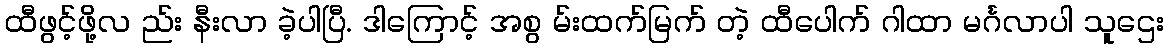
ထီဖွင့်ဖို့လ ည်း နီးလာ ခဲ့ပါပြီ. ဒါကြောင့် အစွ မ်းထက်မြက် တဲ့ ထီပေါက် ဂါထာ မင်္ဂလာပါ သူဌေး